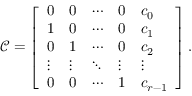
\begin{array} { r } { \mathcal { C } = \left[ \begin{array} { l l l l l } { 0 } & { 0 } & { \cdots } & { 0 } & { c _ { 0 } } \\ { 1 } & { 0 } & { \cdots } & { 0 } & { c _ { 1 } } \\ { 0 } & { 1 } & { \cdots } & { 0 } & { c _ { 2 } } \\ { \vdots } & { \vdots } & { \ddots } & { \vdots } & { \vdots } \\ { 0 } & { 0 } & { \cdots } & { 1 } & { c _ { r - 1 } } \end{array} \right] . } \end{array}